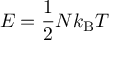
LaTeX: E = { \frac { 1 } { 2 } } N k _ { \mathrm { B } } T